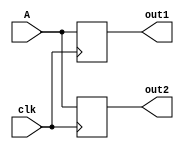
/* ***************************************************************************\
| Name of program : Lab9
| Author : Charles Heckel
| Date Created : 6/26/2018
| Date last updated : 6/26/2018
| Function : demonstrates the functional difference between blocking and non-
|		blocking assignment statements
| Method : organize code such that only one always block is active and compile
|		Use the RTL Viewer tool in Quartus 2 to see the difference in synthesis
| Inputs : clk  - user defined clock cycle
|          A    - 8bit input signal from user
| Output : out1 - 8bit register that receives the value of A
|          out2 - 8bit register that receives the value of out1
| Additional Comments : (Extras)
\*****************************************************************************/
module Lab9part1(clk, A, out1, out2);
  input clk;
  input [7:0] A;
  
  output reg [7:0] out1, out2;
  
  // non-blocking approach
//  always@(posedge clk)
//  begin
//    out1 <= A;
//	 out2 <= out1;
//  end // always
  
  // blocking approach
  always@(posedge clk)
  begin
    out1 = A;
	 out2 = out1;
  end // always

endmodule